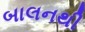
બાલનથી